Report on horse surra - Volume II, Part I
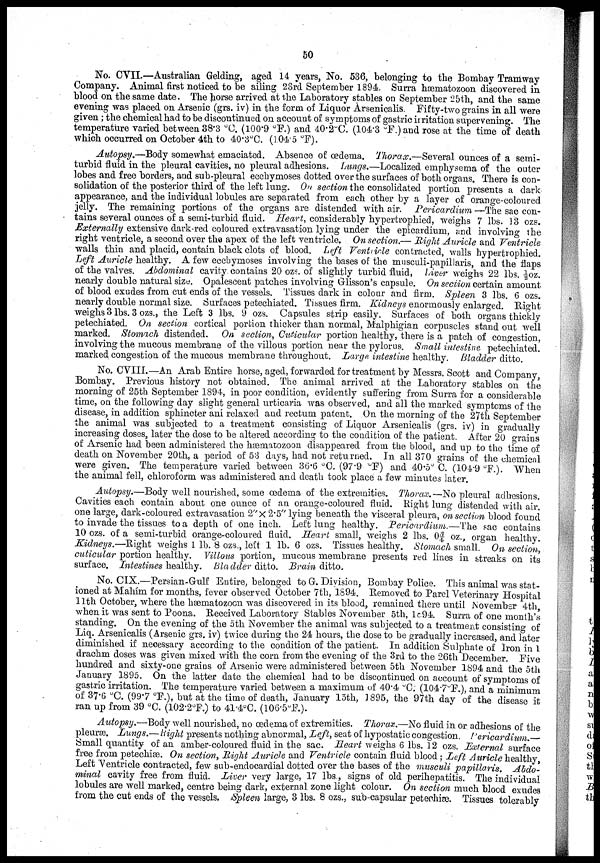
50
No. CVII.—Australian Gelding, aged 14 years, No. 536, belonging to the Bombay Tramway
Company. Animal first noticed to be ailing 23rd September 1894. Surra hæmatozoon discovered in
blood on the same date. The horse arrived at the Laboratory stables on September 25th, and the same
evening was placed on Arsenic (grs. iv) in the form of Liquor Arsenicalis. Fifty-two grains in all were
given ; the chemical had to be discontinued on account of symptoms of gastric irritation supervening. The
temperature varied between 38.3 °C. (100.9 °F.) and 40.2°C. (104.3 °F.)and rose at the time of death
which occurred on October 4th to 40.3°C. (104.5 °F).
Autopsy.—Body somewhat emaciated. Absence of œdema. Thorax.—Several ounces of a semi-
turbid fluid in the pleural cavities, no pleural adhesions. Lungs.—Localized emphysema of the outer
lobes and free borders, and sub-pleural ecchymoses dotted over the surfaces of both organs. There is con-
solidation of the posterior third of the left lung. On section the consolidated portion presents a dark
appearance, and the individual lobules are separated from each other by a layer of orange-coloured
jelly. The remaining portions of the organs are distended with air. Pericardium —The sac con-
tains several ounces of a semi-turbid fluid. Heart, considerably hypertrophied, weighs 7 lbs. 13 ozs.
Externally extensive dark-red coloured extravasation lying under the epicardium, and involving the
right ventricle, a second over the apex of the left ventricle. On section.— Right Auricle and Ventricle
walls thin and placid, contain black clots of blood. Left Ventricle contracted, walls hypertrophied.
Left Auricle healthy. A few ecchymoses involving the bases of the musculi-papillaris, and the flaps
of the valves. Abdominal cavity contains 20 ozs. of slightly turbid fluid, Liver weighs 22 lbs. ½oz.
nearly double natural size. Opalescent patches involving Glisson's capsule. On section certain amount
of blood exudes from cut ends of the vessels. Tissues dark in colour and firm. Spleen 3 lbs. 6 ozs.
nearly double normal size. Surfaces petechiated. Tissues firm. Kidneys enormously enlarged. Right
weighs 3 lbs. 3 ozs., the Left 3 lbs. 9 ozs. Capsules strip easily. Surfaces of both organs thickly
petechiated. On section cortical portion thicker than normal, Malphigian corpuscles stand out well
marked. Stomach distended. On section, Cuticular portion healthy, there is a patch of congestion,
involving the mucous membrane of the villous portion near the pylorus. Small intestine petechiated.
marked congestion of the mucous membrane throughout. Large, intestine healthy. Bladder ditto.
No. CVIII.—An Arab Entire horse, aged, forwarded for treatment by Messrs. Scott and Company,
Bombay. Previous history not obtained. The animal arrived at the Laboratory stables on the
morning of 25th September 1894, in poor condition, evidently suffering from Surra for a considerable
time, on the following day slight general urticaria was observed, and all the marked symptoms of the
disease, in addition sphincter ani relaxed and rectum patent. On the morning of the 27th September
the animal was subjected to a treatment consisting of Liquor Arsenicalis (grs. iv) in gradually
increasing doses, later the dose to be altered according to the condition of the patient. After 20 grains
of Arsenic had been administered the hæmatozoon disappeared from the blood, and up to the time of
death on November 20th, a period of 53 days, had not returned. In all 370 grains of the chemical
were given. The temperature varied between 36.6 °C. (97.9 °F) and 40.5° C. (104.9 °F.). When
the animal fell, chloroform was administered and death took place a few minutes later.
Autopsy.—Body well nourished, some œdema of the extremities. Thorax.—No pleural adhesions.
Cavities each contain about one ounce of an orange-coloured fluid. Right lung distended with air.
one large, dark-coloured extravasation 2"× 2.5" lying beneath the visceral pleura, on section blood found
to invade the tissues to a depth of one inch. Left lung healthy. Pericardium.—The sac contains
10 ozs. of a semi-turbid orange-coloured fluid. Heart small, weighs 2 lbs. 0¾ oz., organ healthy.
Kidneys.—Right weighs 1 lb. 8 ozs., left 1 lb. 6 ozs. Tissues healthy. Stomach small. On section,
cuticular portion healthy. Villous portion, mucous membrane presents red lines in streaks on its
surface. Intestines healthy. Bladder ditto. Brain ditto.
No. CIX.—Persian-Gulf Entire, belonged to G. Division, Bombay Police. This animal was stat-
ioned at Mahím for months, fever observed October 7th, 1894. Removed to Parel Veterinary Hospital
11th October, where the hæmatozoon was discovered in its blood, remained there until November 4th,
when it was sent to Poona. Received Laboratory Stables November 5th, l894. Surra of one month's
standing. On the evening of the 5th November the animal was subjected to a treatment consisting of
Liq. Arsenicalis (Arsenic grs. iv) twice during the 24 hours, the dose to be gradually increased, and later
diminished if necessary according to the condition of the patient. In addition Sulphate of Iron in 1
drachm doses was given mixed with the corn from the evening of the 3rd to the 26th December. Five
hundred and sixty-one grains of Arsenic were administered between 5th November 1894 and the 5th
January 1895. On the latter date the chemical had to be discontinued on account of symptoms of
gastric irritation. The temperature varied between a maximum of 40.4 °C. (104.7°F.), and a minimum
of 37.6 °C. (99.7 °F.), but at the time of death, January 15th, 1895, the 97th day of the disease it
ran up from 39 °C. (102.2°F.) to 41.4°C. (106.5°F.).
Autopsy.—Body well nourished, no œdema of extremities. Thorax.—No fluid in or adhesions of the
pleuræ. Lungs.— Right presents nothing abnormal, Left, seat of hypostatic congestion. Pericardium.—
Small quantity of an amber-coloured fluid in the sac. Heart weighs 6 lbs. 12 ozs. External surface
free from petechiæ. On section, Right Auricle and Ventricle contain fluid blood ; Left Auricle healthy,
Left Ventricle contracted, few sub-endocardial dotted over the bases of the musculi papillaris. Abdo-
minal cavity free from fluid. Liver very large, 17 lbs., signs of old perihepatitis. The individual
lobules are well marked, centre being dark, external zone light colour. On section much blood exudes
from the cut ends of the vessels. Spleen large, 3 lbs. 8 ozs., sub-capsular petechiæ. Tissues tolerably